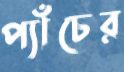
প্যাঁচের